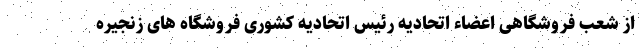
از شعب فروشگاهی اعضاء اتحادیه رئیس اتحادیه کشوری فروشگاه های زنجیره